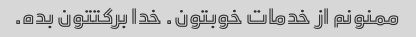
ممنونم از خدمات خوبتون. خدا برکتتون بده.